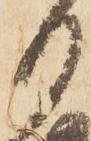
月